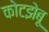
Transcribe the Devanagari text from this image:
कोटझेबू